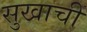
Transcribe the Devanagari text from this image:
सुखाचीं